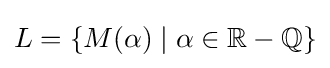
L=\{M(\alpha )\mid \alpha \in \mathbb {R} -\mathbb {Q} \}